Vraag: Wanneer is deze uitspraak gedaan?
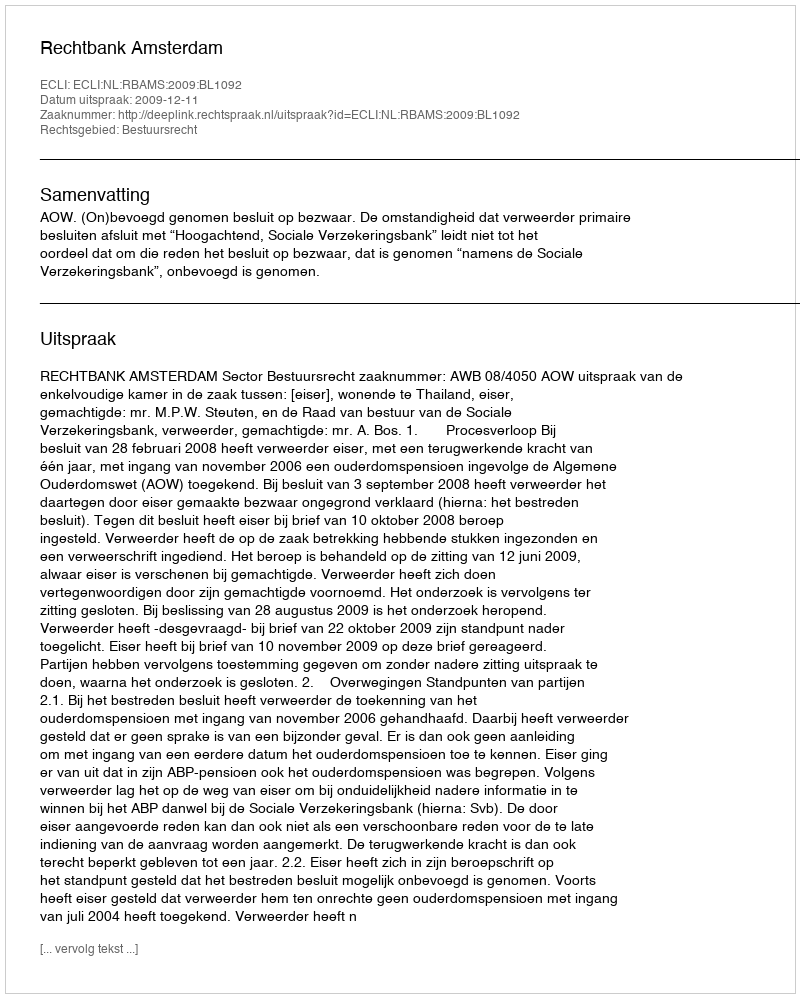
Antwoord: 2009-12-11